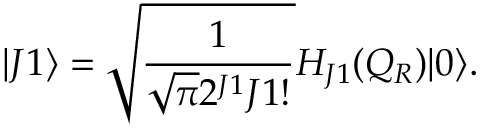
| J 1 \rangle = \sqrt { \frac { 1 } { \sqrt { \pi } 2 ^ { J 1 } J 1 ! } } H _ { J 1 } ( Q _ { R } ) | 0 \rangle .